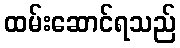
ထမ်းဆောင်ရသည်